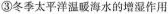
③冬季太平洋温暖海水的增湿作用